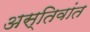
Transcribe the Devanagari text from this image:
अस्तिवांत